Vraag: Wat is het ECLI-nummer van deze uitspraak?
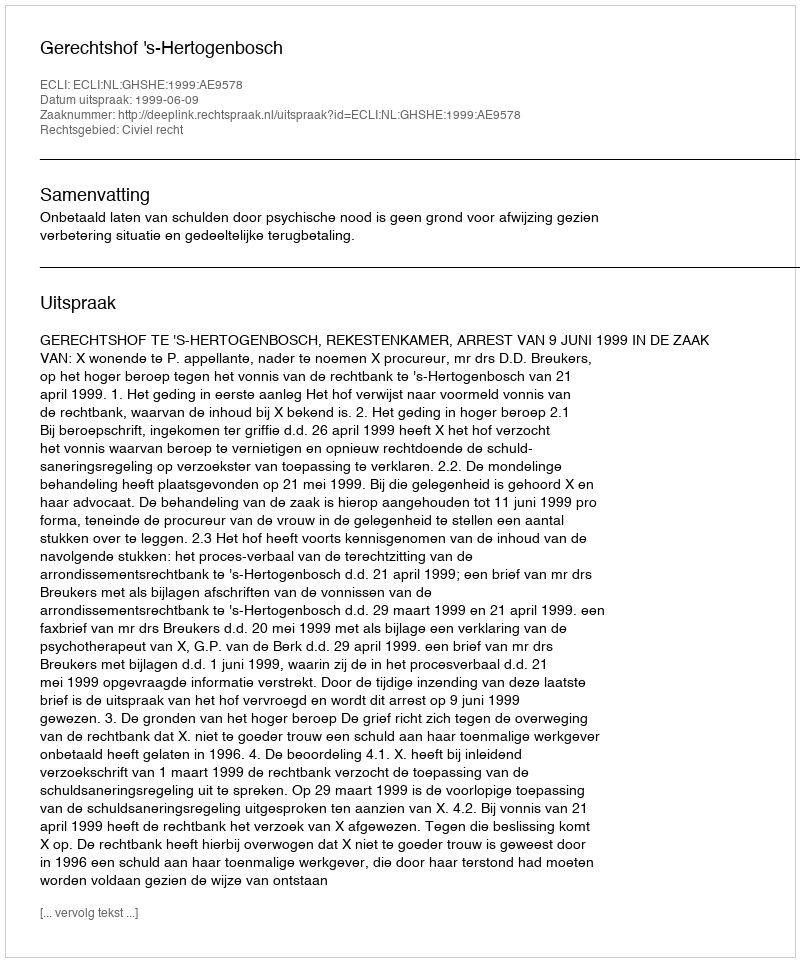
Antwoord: ECLI:NL:GHSHE:1999:AE9578